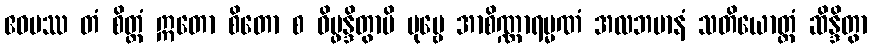
ဧဝမဿ တံ စိတ္တံ ဣတော စိတော စ ဝိပ္ဖန္ဒိတွာပိ ပုဗ္ဗေ အာစိဏ္ဏာရမ္မဏံ အလဘမာနံ သတိယောတ္တံ ဆိန္ဒိတွာ